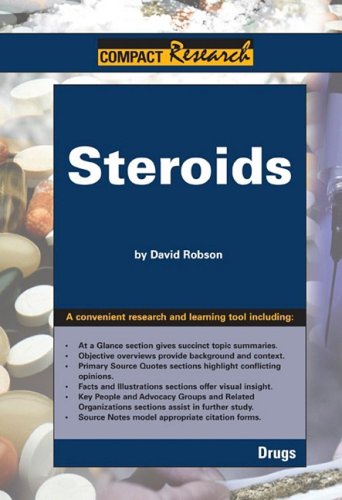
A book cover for Steroids (Compact Research Series); David Robson; Teen & Young Adult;